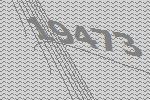
19473